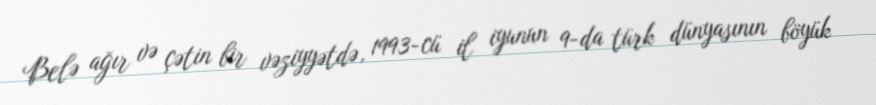
Belə ağır və çətin bir vəziyyətdə, 1993-cü il iyunun 9-da türk dünyasının böyük